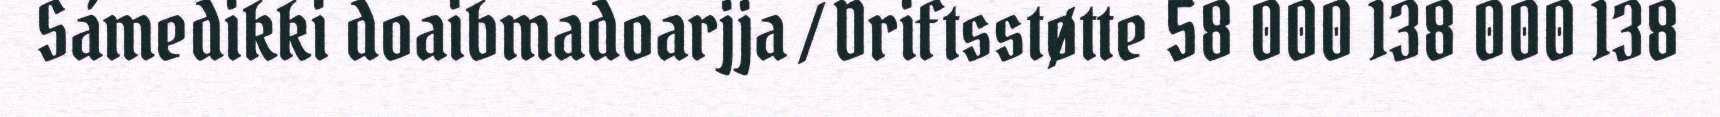
Sámedikki doaibmadoarjja / Driftsstøtte 58 000 138 000 138